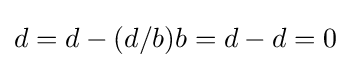
d=d-(d/b)b=d-d=0